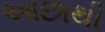
આછાથી